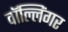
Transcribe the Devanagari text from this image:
वॉल्लिंगर